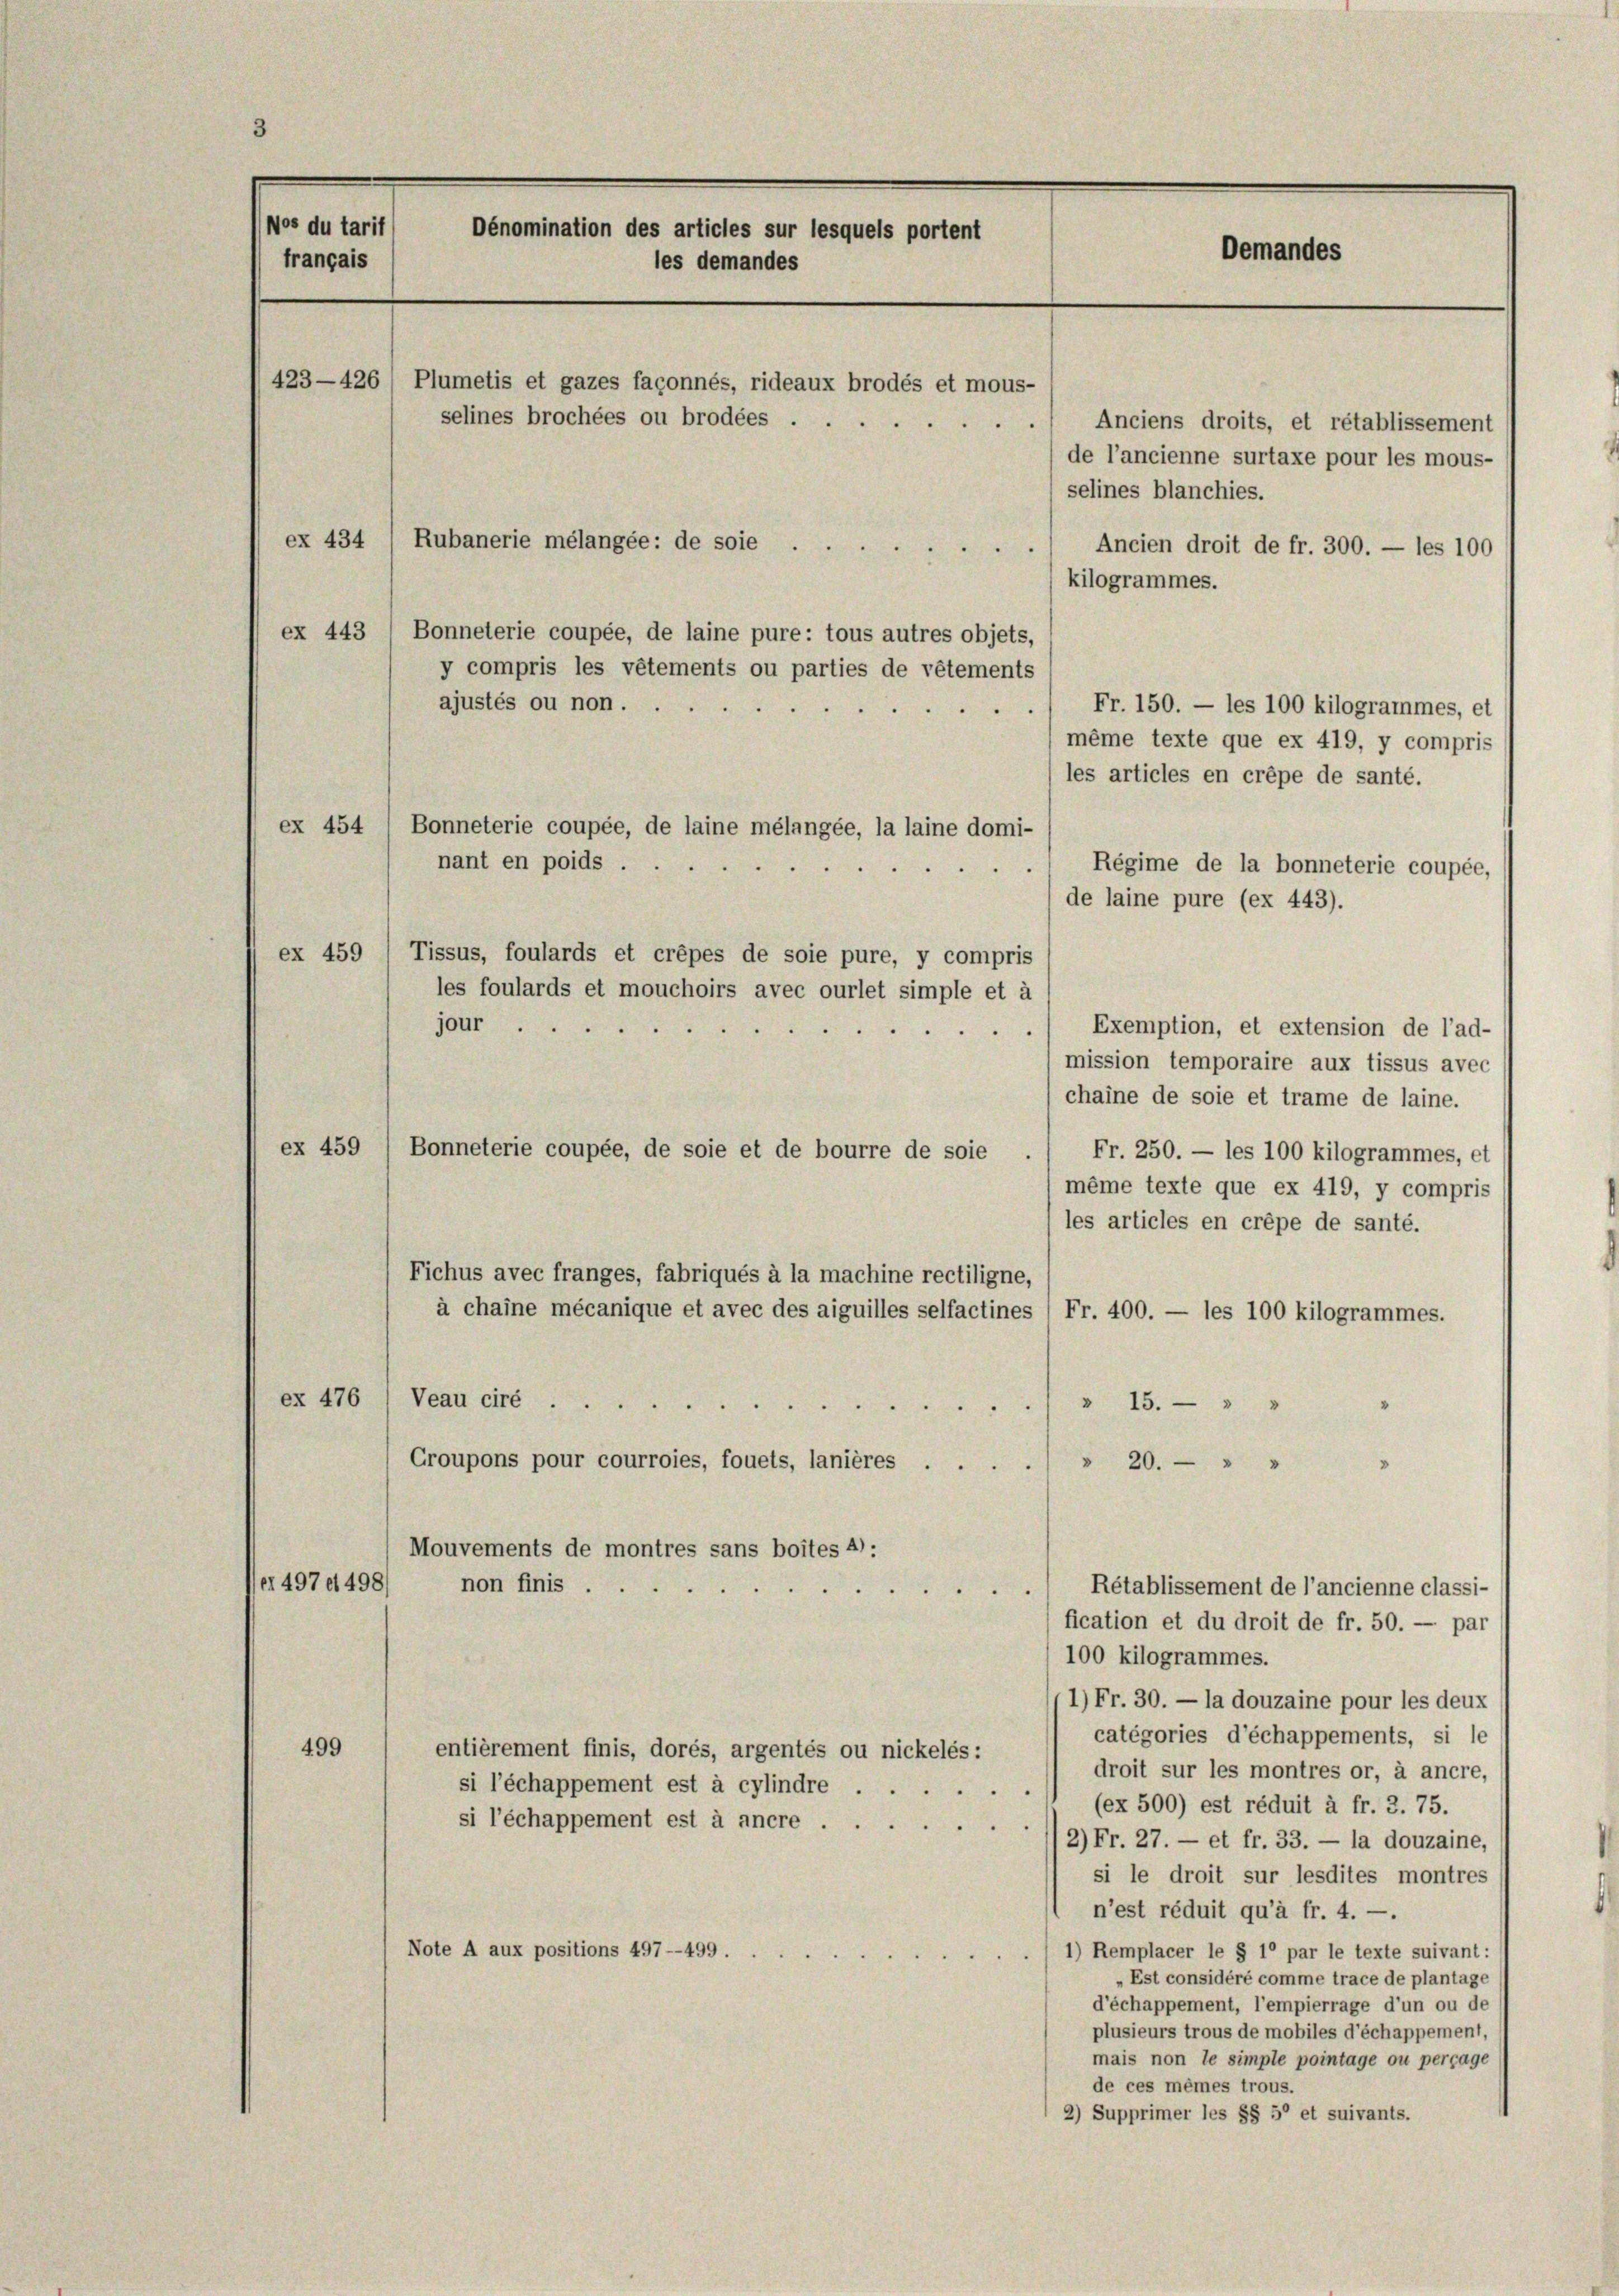
Nos du tarif
Dénomination des articles sur lesquels portent
français
les demandes
423—426/ Plumetis et gazes façonnés, rideaux brodés et mous-
selines brochées ou brodées Anciens droits, et rétablissement

Oemandes

de l’ancienne surtaxe pour les mous-
selines blanchies.
ex 434 /Rubanerie mélangée: de soie
Ancien droit de fr. 300. — les 100
kilogrammes.
ex 443 ( Bonneterie coupée, de laine pure: tous autres objets,
y compris les vêtements ou parties de vêtements
ajustés ou non ...
Fr. 150. — les 100 kilogrammes, et
même texte que ex 419, y compris
les articles en crépe de santé.
ex 454 ( Bonneterie coupée, de laine mélangée, la laine domi-
nant en poids ...
. Regime de la bonneterie coupée,
de laine pure (ex 443).
ex 459 ( Tissus, foulards et crépes de soie pure, y compris
les foulards et mouchoirs avec ourlet simple et à
jour
Exemption, et extension de l’ad-
mission temporaire aux tissus avec
chaine de soie et trame de laine.
ex 459
Bonneterie coupée, de soie et de bourre de soie .
Fr. 250. — les 100 kilogrammes, et
même texte que ex 419, y compris
les articles en crépe de santé.
Fichus avec franges, fabriqués à la machine rectiligne,
à chaine mécanique et avec des aiguilles selfactines (Fr. 400. — les 100 kilogrammes.
ex 476
Veau cire
 " 15.
Croupons pour courroies, fouets, lanières . .
 20. " "
Mouvements de montres sans boites 4):
er 497. 498)
non finis .
Rétablissement de l’ancienne classi-

fication et du droit de fr. 50. — par
100 kilogrammes.
1) Fr. 30. — la douzaine pour les deux
catégories d’échappements, si le
499
entièrement finis, dorés, argentés ou nickelés:
droit sur les montres or, à ancre,
si l’échappement est à cylindre
(ex 500) est réduit à fr. 3. 75.
si l’échappement est à ancre .
2) Fr. 27. — et fr. 33. — la douzaine,
si le droit sur lesdites montres
n’est réduit qu’à fr. 4. —.
1) Remplacer le § 1° par le texte suivant:
Note A aux positions 497—499.
„Est considéré comme trace de plantage
d’échappement, l’empierrage d’un ou de
plusieurs trous de mobiles d’échappement,
mais non le simple pointage ou perçage
de ces mêmes trous.
2) Supprimer les §§ 5° et suivants.